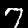
Label: 7